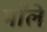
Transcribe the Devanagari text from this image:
माँले